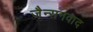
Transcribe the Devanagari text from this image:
जैन्सनवाद